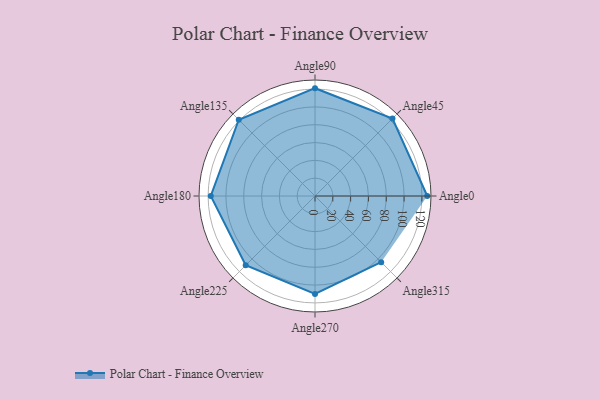
{"axis": {"x": "Angle", "y": "Radius"}, "legend": [""], "data": [{"x": "Angle0", "y": 126.0, "type": ""}, {"x": "Angle45", "y": 123.0, "type": ""}, {"x": "Angle90", "y": 121.0, "type": ""}, {"x": "Angle135", "y": 121.0, "type": ""}, {"x": "Angle180", "y": 117.0, "type": ""}, {"x": "Angle225", "y": 110.0, "type": ""}, {"x": "Angle270", "y": 110.0, "type": ""}, {"x": "Angle315", "y": 105.0, "type": ""}]}